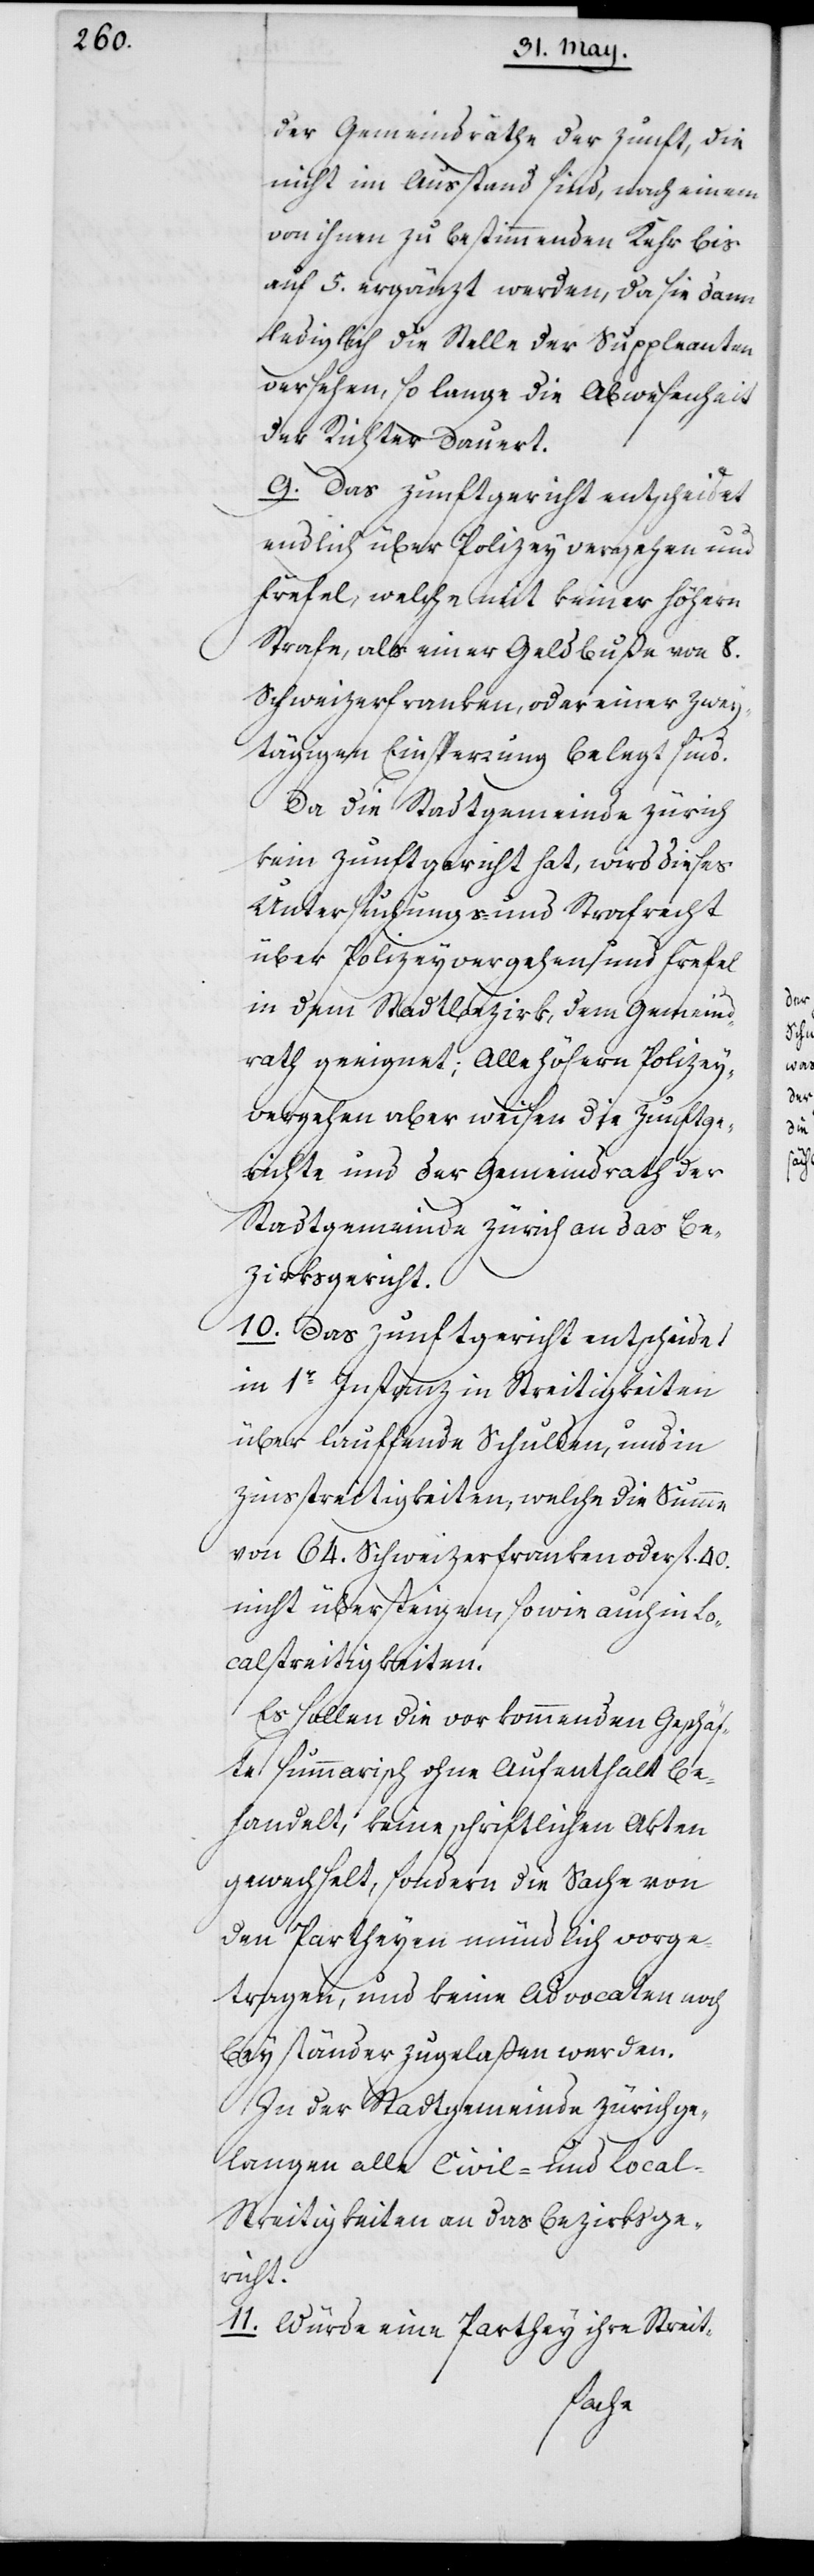
der Gemeindräthe der Zunft, die
nicht im Ausstand sind, nach einem
von ihnen zu bestimmenden Kehr bis
auf 5. ergänzt werden, da sie dann
lediglich die Stelle der Suppleanten
versehen, so lange die Abwesenheit
der Richter dauert.
9. Das Zunftgericht entscheidet
endlich über Polizeyvergehen und
Frevel, welche mit keiner höhern
Strafe als einer Geldbuße von 8.
Schweizerfranken oder einer zwey¬
tägigen Einsperrung belegt sind.
Da die Stadtgemeinde Zürich
kein Zunftgericht hat, wird dieses
Untersuchungs- und Strafrecht
über Polizeyvergehen und Frevel
in dem Stadtbezirk, dem Gemeind¬
rath geeignet; Alle höhern Polizey¬
vergehen aber weisen die Zunftge¬
richte und der Gemeindrath der
Stadtgemeinde Zürich an das Be¬
zirksgericht.
10. Das Zunftgericht entscheidet
in erster Instanz in Streitigkeiten
über laufende Schulden, und in
Zinsstreitigkeiten, welche die Summe
von 64. Schweizerfranken oder fl. 40
nicht übersteigen, sowie auch in Lo¬
calstreitigkeiten.
Es sollen die vorkommenden Geschäf¬
te summarisch ohne Aufenthalt be¬
handelt, keine schriftlichen Akten
gewechselt, sondern die Sache von
den Partheyen mündlich vorge¬
tragen, und keine Advocaten noch
Beyständer zugelaßen werden.
In der Stadtgemeinde Zürich ge¬
langen alle Civil- und Lokal¬
streitigkeiten an das Bezirksge¬
richt.
11. Würde eine Parthey ihre Streit-